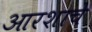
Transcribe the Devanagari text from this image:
आरशाचे